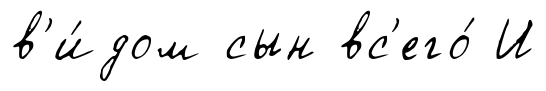
в'и́дом сын вс'его́ И